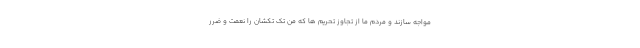
مواجه سازند و مردم ما از تجاوز تحریم ها که من تک تکشان را نعمت و ضرر